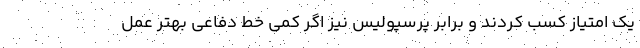
یک امتیاز کسب کردند و برابر پرسپولیس نیز اگر کمی خط دفاعی بهتر عمل